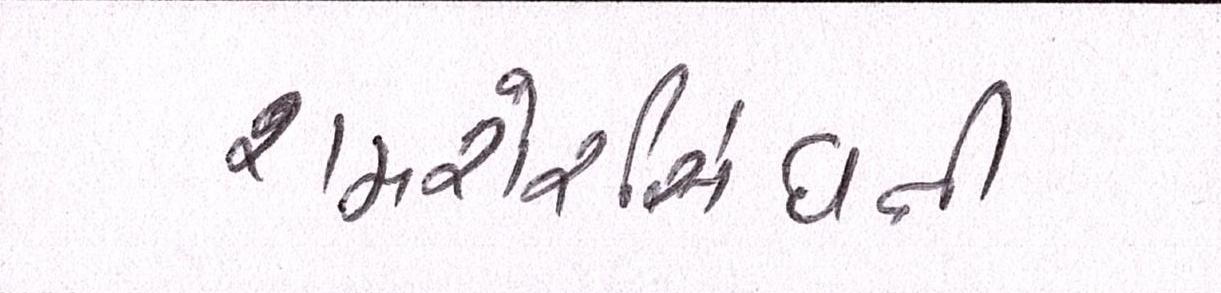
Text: શમશેરસિંઘની